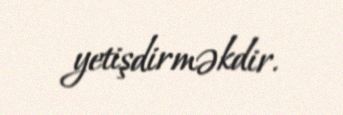
yetişdirməkdir.